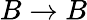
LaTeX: B\rightarrow B